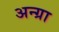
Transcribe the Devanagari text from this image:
अन्ग्रा